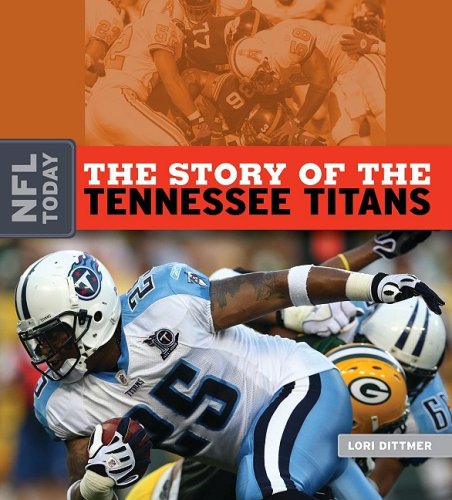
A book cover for The Story of the Tennessee Titans (NFL Today); Lori Dittmer; Teen & Young Adult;